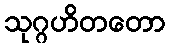
သုဂ္ဂဟိတတော